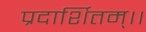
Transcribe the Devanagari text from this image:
प्रदार्शितम्।।